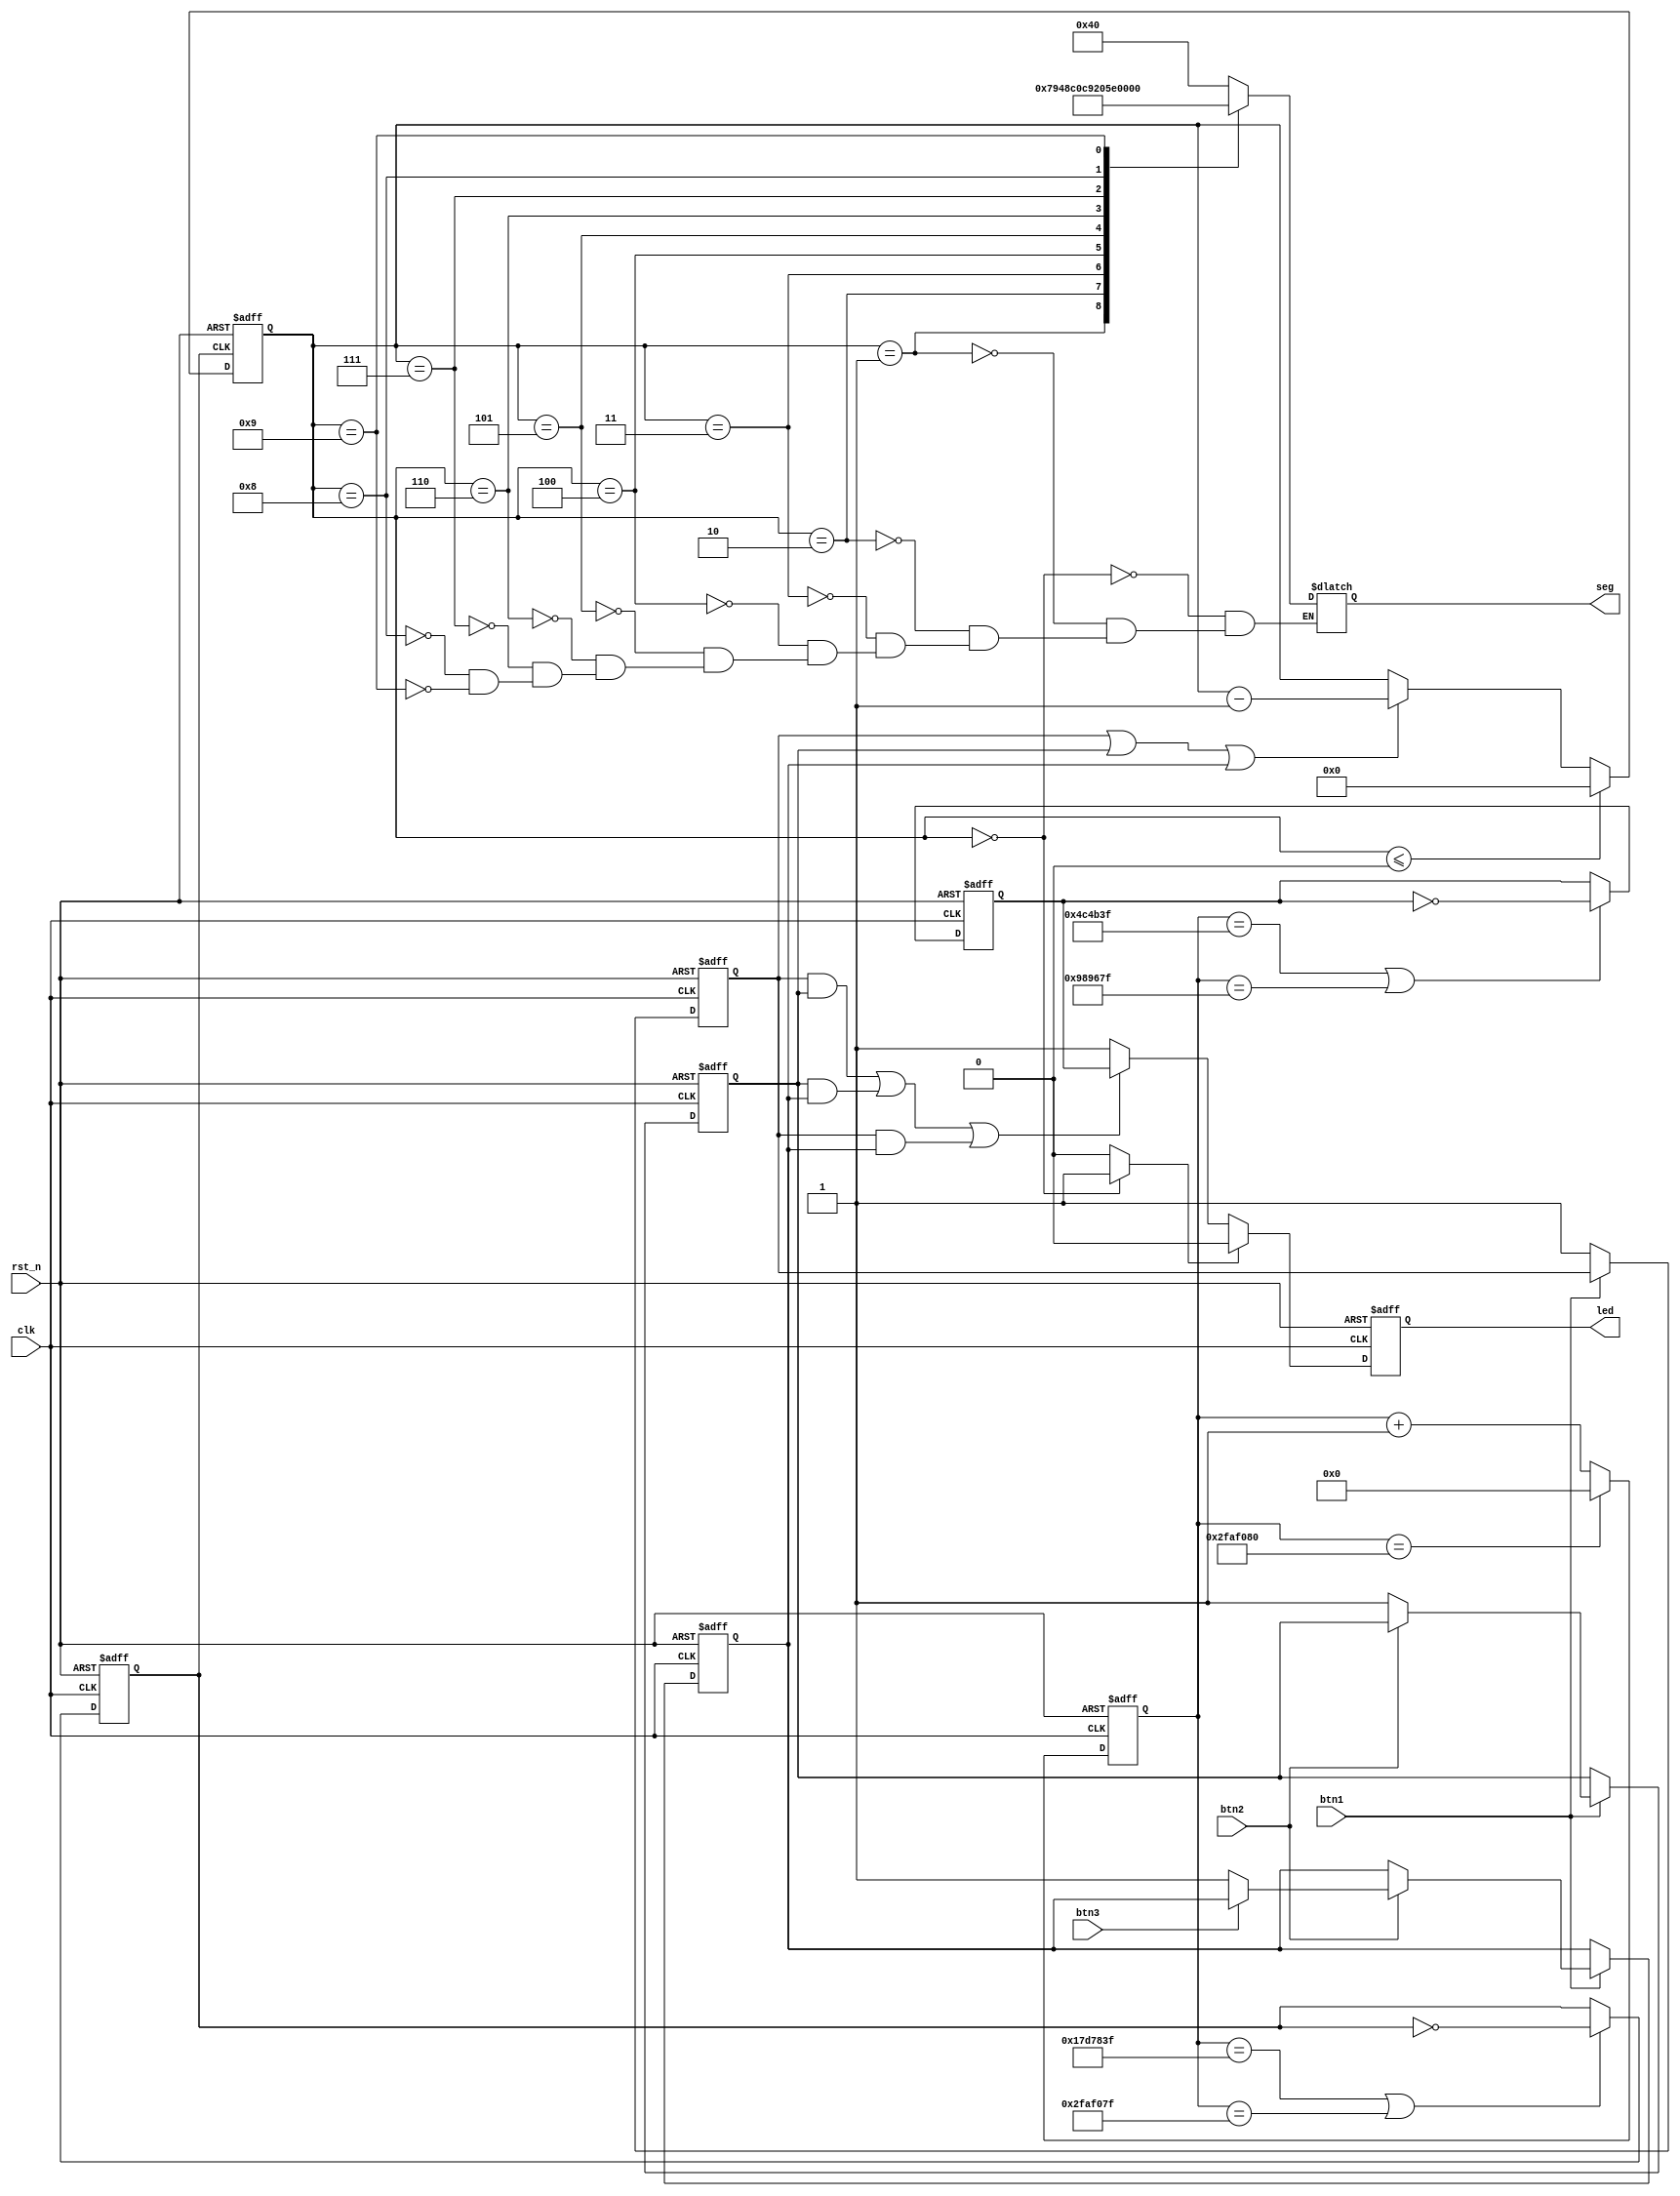
module lab(
	input clk,
	input rst_n,
	input btn1,
	input btn2,
	input btn3,
	output reg led,
	output reg [6:0] seg

);
reg [25:0] counter;
reg clk_1s;
reg clk_led;
reg [3:0] adder;
always@(posedge clk or negedge rst_n)
begin
	if(~rst_n)
		counter <= 26'b0;
	else if(counter == 26'd50_000_000)
		counter <= 26'b0;
	else
		counter <= counter + 1'b1;
end

always@(posedge clk or negedge rst_n)
begin
	if(~rst_n)
		clk_1s <= 1'b0;
	else if (counter==26'd24_999_999 || counter == 26'd49_999_999)
		clk_1s <= ~clk_1s;
	else
		clk_1s <= clk_1s;

end

always@(posedge clk or negedge rst_n)
begin
	if(~rst_n)
		clk_led <= 1'b0;
	else if (counter==26'd4_999_999 || counter == 26'd9_999_999)
		clk_led <= ~clk_led;
	else
		clk_led <= clk_led;
end

reg reg_btn1;
reg reg_btn2;
reg reg_btn3;
wire begin_flag;
assign begin_flag = reg_btn1|reg_btn2|reg_btn3;

always@(posedge clk_1s or negedge rst_n)
begin
	if(~rst_n)
		adder <= 4'd9;
	else if(adder <= 4'd0)
		adder <= 4'd0;
	else if(begin_flag)
		adder <= adder - 1'b1;
end
assign flag = (adder==4'b0)?1'b1:1'b0;




always@(posedge clk or negedge rst_n)
begin
	if(~rst_n)
	begin
		reg_btn1 <= 1'b0;
		reg_btn2 <= 1'b0;
		reg_btn3 <= 1'b0;
		//begin_flag <= 1'b0;
	end
	else if(~btn1)
	begin
		reg_btn1 <= 1'b1;
		reg_btn2 <= reg_btn2;
		reg_btn3 <= reg_btn3;
		//begin_flag <= 1'b1;
	end
	else if(~btn2)
	begin
		reg_btn1 <= reg_btn1;
		reg_btn2 <= 1'b1;
		reg_btn3 <= reg_btn3;
		//begin_flag <= 1'b1;
	end
	else if(~btn3)
	begin
		reg_btn1 <= reg_btn1;
		reg_btn2 <= reg_btn2;
		reg_btn3 <= 1'b1;
		//begin_flag <= 1'b1;
	end
	else
	begin
		reg_btn1 <= reg_btn1;
		reg_btn2 <= reg_btn2;
		reg_btn3 <= reg_btn3;
		//begin_flag <= begin_flag;
	end
end

always@(posedge clk or negedge rst_n)
begin
	if(~rst_n)
		led <= 1'b0;
	else if(flag)
		led <= 1'b0;
	else if((reg_btn1&reg_btn2)||(reg_btn2&reg_btn3)||(reg_btn1&reg_btn3))
		led <= clk_led;
	else
		led <= 1'b1;
end

always@(*)
begin
	case(adder)
	4'd0: seg <= 7'b1000000;
	4'd1: seg <= 7'b1111001;
	4'd2: seg <= 7'b0100100;
	4'd3: seg <= 7'b0110000;
	4'd4: seg <= 7'b0011001;
	4'd5: seg <= 7'b0010010;
	4'd6: seg <= 7'b0000010;
	4'd7: seg <= 7'b1111000;
	4'd8: seg <= 7'b0000000;
	4'd9: seg <= 7'b0010000;
	default: seg <= seg;
	endcase
end

endmodule